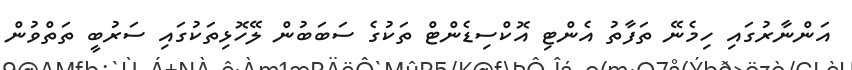
އަންނާރުގައި ހިމެނޭ ތަފާތު އެންޓި އޮކްސިޑެންޓް ތަކުގެ ސަބަބުން ލޭހޮޅިތަކުގައި ސަރުބީ ތަތްވުން